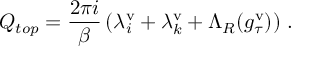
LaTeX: Q _ { t o p } = \frac { 2 \pi i } { \beta } \left( \lambda _ { i } ^ { \mathrm { v } } + \lambda _ { k } ^ { \mathrm { v } } + \Lambda _ { R } ( g _ { \tau } ^ { \mathrm { v } } ) \right) \, .